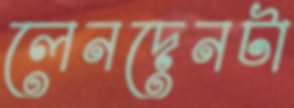
লেনদেনটা